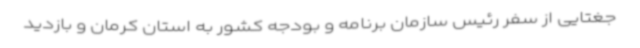
جغتایی از سفر رئیس سازمان برنامه و بودجه کشور به استان کرمان و بازدید